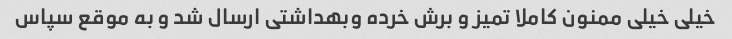
خیلی خیلی ممنون کاملا تمیز و برش خرده وبهداشتی ارسال شد و به موقع سپاس